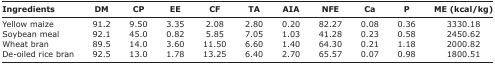
| Ingredients | DM | CP | EE | CF | TA | AIA | NFE | Ca | P | ME (kcal/kg) |
 | --- | --- | --- | --- | --- | --- | --- | --- | --- | --- | --- |
 | Yellow maize | 91.2 | 9.50 | 3.35 | 2.08 | 2.80 | 0.20 | 82.27 | 0.08 | 0.36 | 3330.18 |
 | Soybean meal | 92.1 | 45.0 | 0.82 | 5.85 | 7.05 | 1.03 | 41.28 | 0.23 | 0.58 | 2450.62 |
 | Wheat bran | 89.5 | 14.0 | 3.60 | 11.50 | 6.60 | 1.40 | 64.30 | 0.21 | 1.18 | 2000.82 |
 | De-oiled rice bran | 92.5 | 13.0 | 1.78 | 13.25 | 6.40 | 2.70 | 65.57 | 0.07 | 0.98 | 1800.51 |